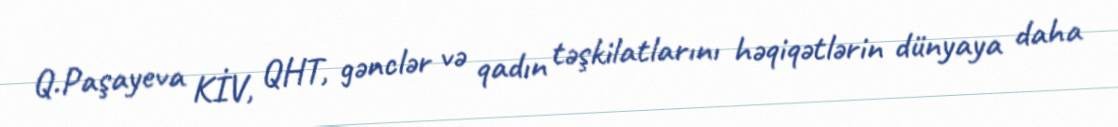
Q.Paşayeva KİV, QHT, gənclər və qadın təşkilatlarını həqiqətlərin dünyaya daha